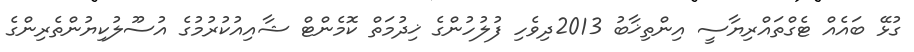
ގުޅޭ ބައެއް ޓެގްތައްރިޔާސީ އިންތިޚާބު 2013ދިވެހި ފުލުހުންގެ ޚިދުމަތް ކޮމެންޓް ޝާއިއުކުރުމުގެ އުސޫލުކިޔުންތެރިންގެ